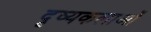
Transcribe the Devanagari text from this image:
दृष्यकलाओं